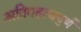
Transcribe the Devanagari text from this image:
अतिमहत्‍वपुर्ण